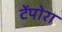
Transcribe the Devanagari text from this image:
टेंपोरा